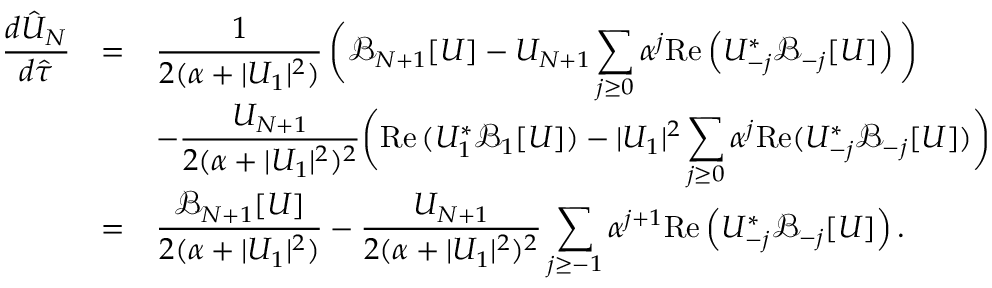
\begin{array} { r c l } { \displaystyle \frac { d \hat { U } _ { N } } { d \hat { \tau } } } & { = } & { \displaystyle \frac { 1 } { 2 ( \alpha + | U _ { 1 } | ^ { 2 } ) } \, \bigg ( \mathcal { B } _ { N + 1 } [ U ] - U _ { N + 1 } \sum _ { j \ge 0 } \alpha ^ { j } \mathrm { R e } \left( U _ { - j } ^ { * } \mathcal { B } _ { - j } [ U ] \right) \bigg ) } \\ & & { \displaystyle - \frac { U _ { N + 1 } } { 2 ( \alpha + | U _ { 1 } | ^ { 2 } ) ^ { 2 } } \bigg ( \mathrm { R e } \, ( U _ { 1 } ^ { * } \mathcal { B } _ { 1 } [ U ] ) - | U _ { 1 } | ^ { 2 } \sum _ { j \ge 0 } \alpha ^ { j } \mathrm { R e } ( U _ { - j } ^ { * } \mathcal { B } _ { - j } [ U ] ) \bigg ) } \\ & { = } & { \displaystyle \frac { \mathcal { B } _ { N + 1 } [ U ] } { 2 ( \alpha + | U _ { 1 } | ^ { 2 } ) } - \frac { U _ { N + 1 } } { 2 ( \alpha + | U _ { 1 } | ^ { 2 } ) ^ { 2 } } \sum _ { j \ge - 1 } \alpha ^ { j + 1 } \mathrm { R e } \left( U _ { - j } ^ { * } \mathcal { B } _ { - j } [ U ] \right) . } \end{array}